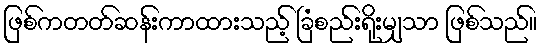
ဖြစ်ကတတ်ဆန်းကာထားသည့် ခြံစည်းရိုးမျှသာ ဖြစ်သည်။